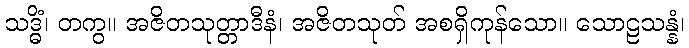
သဒ္ဓိံ၊ တကွ။ အဇိတသုတ္တာဒီနံ၊ အဇိတသုတ် အစရှိကုန်သော။ သောဠသန္နံ၊